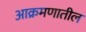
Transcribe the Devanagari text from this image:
आक्रमणातील